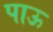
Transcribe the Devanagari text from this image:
पाऊ